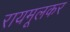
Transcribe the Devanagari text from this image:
रायमूलकर